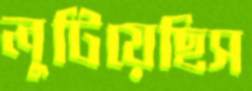
লুটিয়েছিস